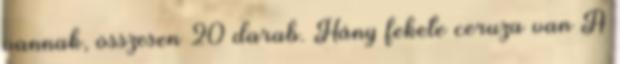
vannak, összesen 20 darab. Hány fekete ceruza van A